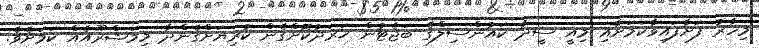
މިހާރު ފަށާފައިވާކަމަށާއި މިއީ ސީދާ ކައުންސިލްގެ ބަޖެޓުން ޚަރަދުކޮށްގެން ކުރިޔަށްގެންދާ މިމަޝްރޫއެއް ކަމަށެވެ.